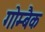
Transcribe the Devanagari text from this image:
गोम्बैक